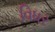
વિધર